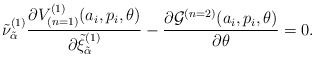
\begin{align*}{\tilde\nu}^{(1)}_{\tilde\alpha}\frac{\partial V_{(n=1)}^{(1)}(a_i,p_i,\theta)}{\partial{\tilde\xi}^{(1)}_{\tilde\alpha}} - \frac{\partial{\cal G}^{(n=2)}(a_i,p_i,\theta)}{\partial\theta} = 0.\end{align*}